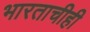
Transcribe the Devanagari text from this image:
भारताचीही